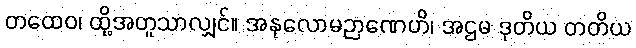
တထေဝ၊ ထို့အတူသာလျှင်။ အနုလောမဉာဏေဟိ၊ အဌမ ဒုတိယ တတိယ